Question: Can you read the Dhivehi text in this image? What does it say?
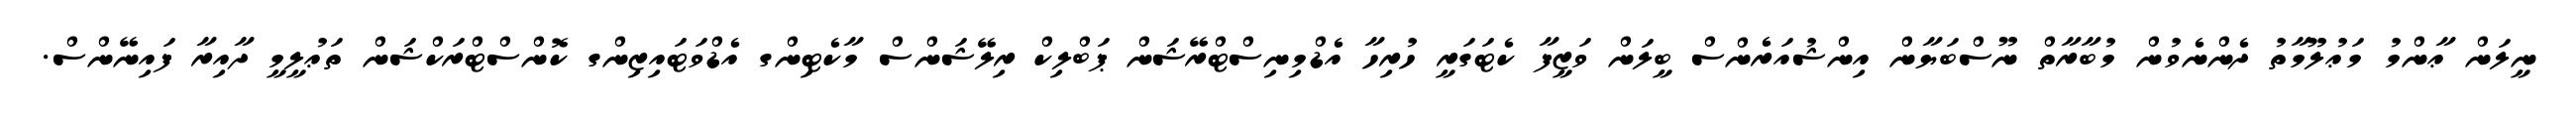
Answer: ނީލަން ޢާންމު މަޢުލޫމާތު ދެންނެވުން މުބާރާތް ނޫސްބަޔާން އިންޝުއަރެންސް ބީލަން ވަޒީފާ ކެޓަގަރީ ހުރިހާ އެޑްމިނިސްޓްރޭޝަން ޕަބްލިކް ރިލޭޝަންސް މާކެޓިންގ އެޑްވަޓައިޒިންގ ކޮންސްޓްރަކްޝަން ތަޢުލީމީ ދާއިރާ ފައިނޭންސް.